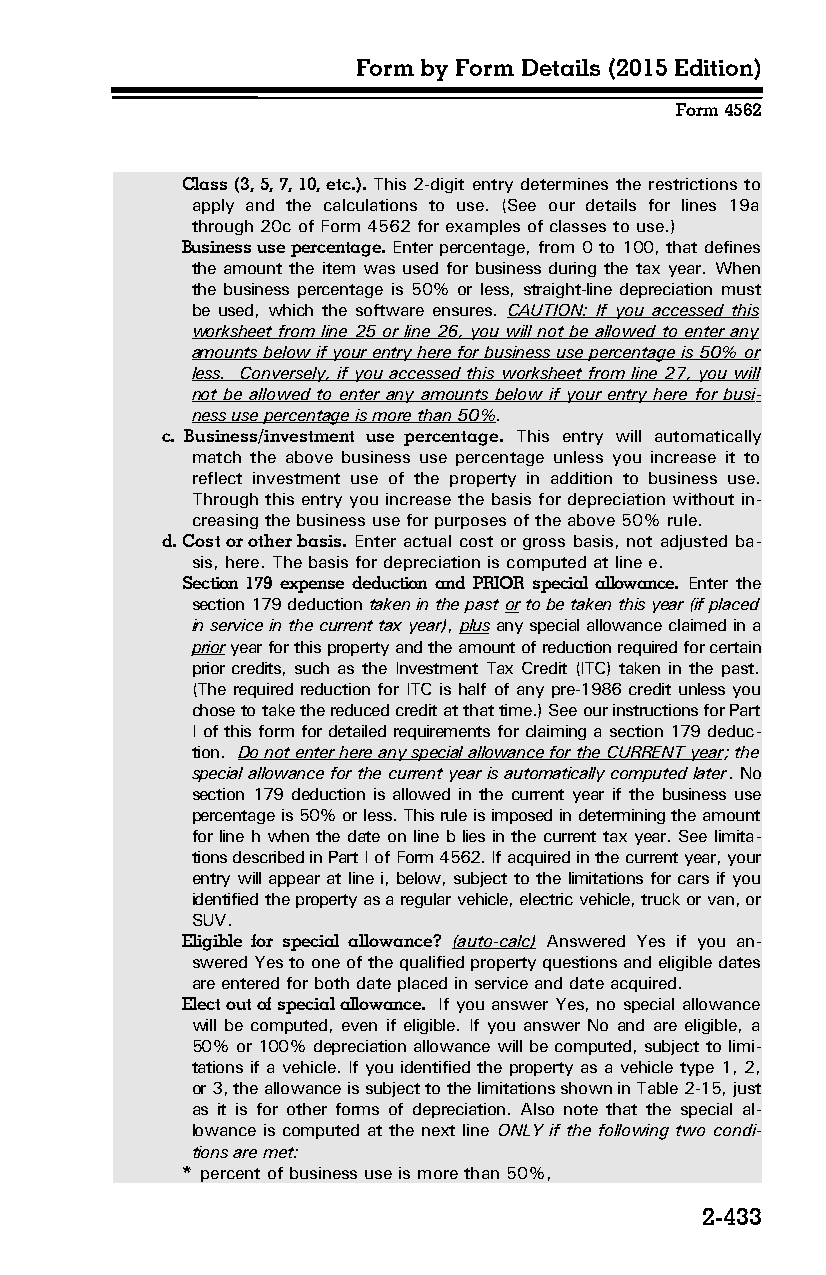
Form by Form Details (2015 Edition)
 Form 4562
 Class (3, 5, 7, 10, etc.). This 2-digit entry determines the restrictions to
 apply and the calculations to use. (See our details for lines 19a
 through 20c of Form 4562 for examples of classes to use.)
 Business use percentage. Enter percentage, from 0 to 100, that defines
 the amount the item was used for business during the tax year. When
 the business percentage is 50% or less, straight-line depreciation must
 be used, which the software ensures. CAUTION: If you accessed this
 worksheet from line 25 or line 26, you will not be allowed to enter any
 amounts below if your entry here for business use percentage is 50% or
 less. Conversely, if you accessed this worksheet from line 27, you will
 not be allowed to enter any amounts below if your entry here for busi­
 ness use percentage is more than 50%.
 c. Business/investment use percentage. This entry will automatically
 match the above business use percentage unless you increase it to
 reflect investment use of the property in addition to business use.
 Through this entry you increase the basis for depreciation without in­
 creasing the business use for purposes of the above 50% rule.
 d. Cost or other basis. Enter actual cost or gross basis, not adjusted ba­
 sis, here. The basis for depreciation is computed at line e.
 Section 179 expense deduction and PRIOR special allowance. Enter the
 section 179 deduction taken in the past or to be taken this year (if placed
 in service in the current tax year), plus any special allowance claimed in a
 prior year for this property and the amount of reduction required for certain
 prior credits, such as the Investment Tax Credit (ITC) taken in the past.
 (The required reduction for ITC is half of any pre-1986 credit unless you
 chose to take the reduced credit at that time.) See our instructions for Part
 I of this form for detailed requirements for claiming a section 179 deduc­
 tion. Do not enter here any special allowance for the CURRENT year; the
 special allowance for the current year is automatically computed later. No
 section 179 deduction is allowed in the current year if the business use
 percentage is 50% or less. This rule is imposed in determining the amount
 for line h when the date on line b lies in the current tax year. See limita­
 tions described in Part I of Form 4562. If acquired in the current year, your
 entry will appear at line i, below, subject to the limitations for cars if you
 identified the property as a regular vehicle, electric vehicle, truck or van, or
 SUV.
 Eligible for special allowance? (auto-calc) Answered Yes if you an­
 swered Yes to one of the qualified property questions and eligible dates
 are entered for both date placed in service and date acquired.
 Elect out of special allowance. If you answer Yes, no special allowance
 will be computed, even if eligible. If you answer No and are eligible, a
 50% or 100% depreciation allowance will be computed, subject to limi­
 tations if a vehicle. If you identified the property as a vehicle type 1, 2,
 or 3, the allowance is subject to the limitations shown in Table 2-15, just
 as it is for other forms of depreciation. Also note that the special al­
 lowance is computed at the next line ONLY if the following two condi­
 tions are met:
 * percent of business use is more than 50%,
 2-433